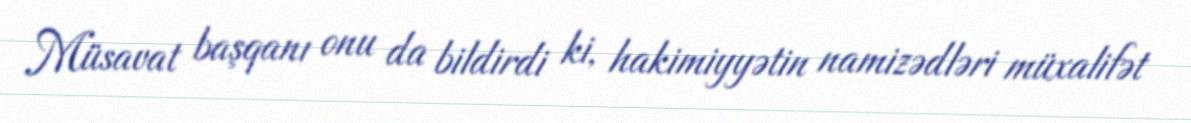
Müsavat başqanı onu da bildirdi ki, hakimiyyətin namizədləri müxalifət